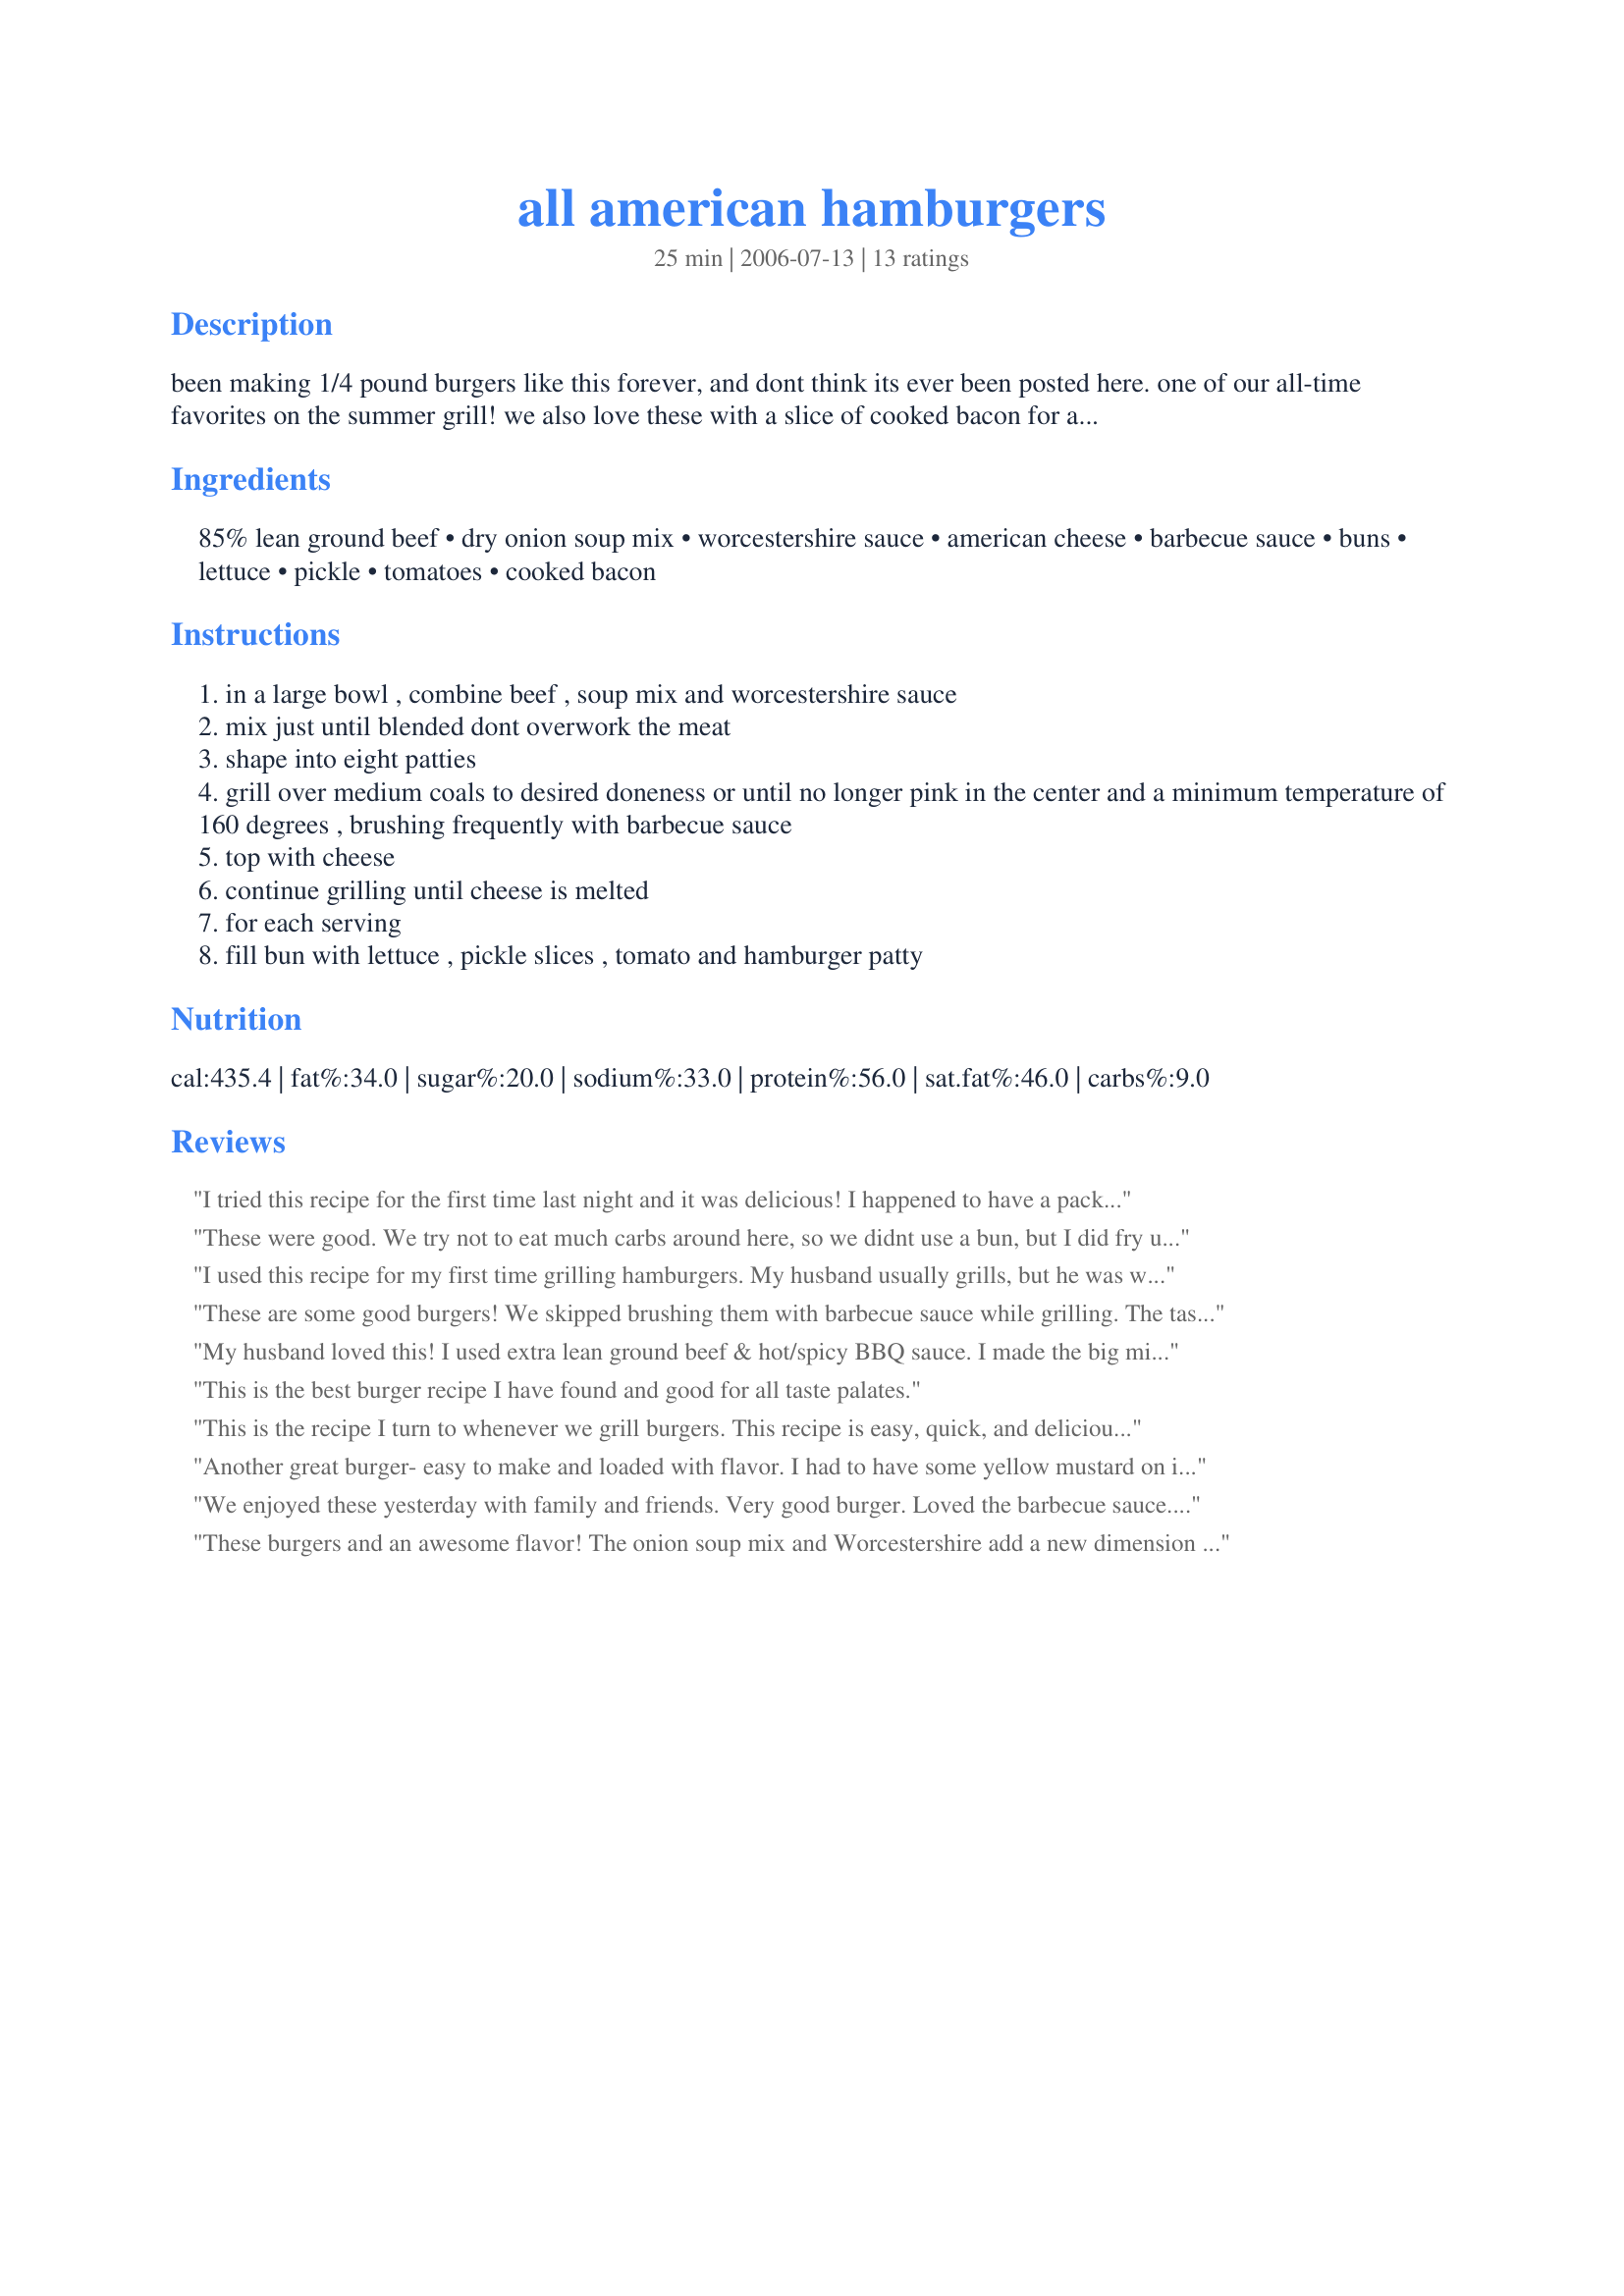
all american hamburgers
Preparation time: 25 minutes

been making 1/4 pound burgers like this forever, and dont think its ever been posted here. one of our all-time favorites on the summer grill! we also love these with a slice of cooked bacon for a bacon cheeseburger.

Ingredients:
85% lean ground beef, dry onion soup mix, worcestershire sauce, american cheese, barbecue sauce, buns, lettuce, pickle, tomatoes, cooked bacon

Steps:
in a large bowl , combine beef , soup mix and worcestershire sauce
mix just until blended dont overwork the meat
shape into eight patties
grill over medium coals to desired doneness or until no longer pink in the center and a minimum temperature of 160 degrees , brushing frequently with barbecue sauce
top with cheese
continue grilling until cheese is melted
for each serving
fill bun with lettuce , pickle slices , tomato and hamburger patty

Reviews:
I tried this recipe for the first time last night and it was delicious! I happened to have a packet of Lipton onion soup mix in the cupboard so I used that. I brushed the burgers with a honey bbq sauce because that's what I had, and while they were cooking they smelled amazing! This is an awesome recipe and it is one I will be using again and again. <br/>P.S.-I love putting bread and butter pickles on my burgers, and the flavor went really great with these burgers!
These were good. We try not to eat much carbs around here, so we didnt use a bun, but I did fry up some bacon for my DH and kiddos and they ate it like that. Thanks for the recipe!
I used this recipe for my first time grilling hamburgers. My husband usually grills, but he was working late so I thought what the heck I'll do it. These were so flavorful and moist. I used recipe#110331 for the onion soup mix (I was out of store bought). When I grill I will be making these from now on, Thanks Laurie!
These are some good burgers! We skipped brushing them with barbecue sauce while grilling. The taste is outstanding!
My husband loved this! I used extra lean ground beef & hot/spicy BBQ sauce. I made the big mistake of cooking this inside on the stovetop, so when I brushed on the sauce, it made quite a sizzle! Next time I'll use a cover or grill them inside! I served it on a wheat bun w/ a slice of pepperjack. Thanks for sharing!
This is the best burger recipe I have found and good for all taste palates.
This is the recipe I turn to whenever we grill burgers. This recipe is easy, quick, and delicious! Make just as directed for the burger part and watch the possibilites become endless! Thanks for the great recipe!!
Another great burger- easy to make and loaded with flavor. I had to have some yellow mustard on it as well as the BBQ sauce. Of course lettuce, tomatoes, cheese AND bacon. It was a delicious mouth stretching experience. Your burger went right ino my favorite burgers cookbook
We enjoyed these yesterday with family and friends. Very good burger. Loved the barbecue sauce. Added just the right finish. Thanks Laurie.
These burgers and an awesome flavor! The onion soup mix and Worcestershire add a new dimension to the hamburger! I left off the bacon (personal taste) and we were all very please with the results! Thanks for a wonderfully successful cookout this evening, Laurie!
I just bought a hamburger press and couldn't wait to try it out. I'm so glad I chose this recipe tonight! I love how it is so incredibly simple to throw together, and the soup mix really gives a great taste to the beef. Thanks so much for sharing, this will be made many more times!
I thought these were just okay. I solid burger but not exactly to our taste. I thought the onion soup added a funny, off taste to the burger.
Yum!! I loved this burger and so did all my Family :-) I put extra bbq sauce on the toasted buns before I served them and I think that really made the burgers. As soon as you took a bite of the burger, you could taste the lovely bbq sauce on the other ingredients. The flavours just exploded in your mouth. Thanks heaps for the recipe :-)
